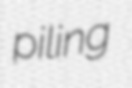
piling